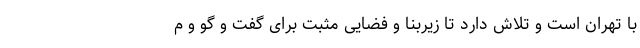
با تهران است و تلاش دارد تا زیربنا و فضایی مثبت برای گفت و گو و م